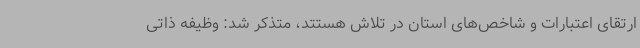
ارتقای اعتبارات و شاخص‌های استان در تلاش هستتد، متذکر شد: وظیفه ذاتی